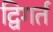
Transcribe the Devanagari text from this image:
द्विगर्त